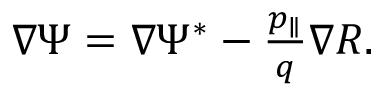
\begin{array} { r } { \nabla \Psi = \nabla \Psi ^ { \ast } - \frac { p _ { \parallel } } { q } \nabla { R } . } \end{array}